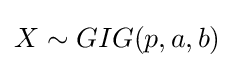
X\sim GIG(p,a,b)